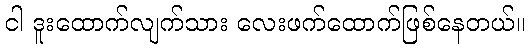
ငါ ဒူးထောက်လျက်သား လေးဖက်ထောက်ဖြစ်နေတယ်။